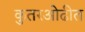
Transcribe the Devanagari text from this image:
कुतरओढीत